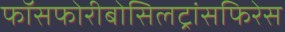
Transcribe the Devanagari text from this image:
फॉसफोरीबोसिलट्रांसफिरेस